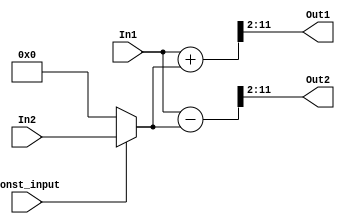
// -------------------------------------------------------------
// 
// 
// Generated by MATLAB 9.4 and HDL Coder 3.12
// 
// -------------------------------------------------------------


// -------------------------------------------------------------
// 
// Module: alpha2_input_butterfly_60
// Source Path: FFTscheme2/FFTv2/Butterflies/128 input 1step /2 input butterfly 60
// Hierarchy Level: 3
// 
// -------------------------------------------------------------

`timescale 1 ns / 1 ns

module alpha2_input_butterfly_60
          (In1,
           In2,
           Const_input,
           Out1,
           Out2);


  input   signed [10:0] In1;  // sfix11_En6
  input   signed [10:0] In2;  // sfix11_En6
  input   Const_input;  // ufix1
  output  signed [9:0] Out1;  // sfix10_En4
  output  signed [9:0] Out2;  // sfix10_En4


  wire signed [10:0] Product_in0;  // sfix11_En6
  wire signed [11:0] Product_cast;  // sfix12_En6
  wire signed [10:0] Product_out1;  // sfix11_En6
  wire signed [11:0] Sum_add_cast;  // sfix12_En6
  wire signed [11:0] Sum_add_cast_1;  // sfix12_En6
  wire signed [11:0] Sum_add_temp;  // sfix12_En6
  wire signed [9:0] Sum_out1;  // sfix10_En4
  wire signed [11:0] Sum1_sub_cast;  // sfix12_En6
  wire signed [11:0] Sum1_sub_cast_1;  // sfix12_En6
  wire signed [11:0] Sum1_sub_temp;  // sfix12_En6
  wire signed [9:0] Sum1_out1;  // sfix10_En4


  assign Product_in0 = (Const_input == 1'b1 ? In2 :
              11'sb00000000000);
  assign Product_cast = {Product_in0[10], Product_in0};
  assign Product_out1 = Product_cast[10:0];



  assign Sum_add_cast = {In1[10], In1};
  assign Sum_add_cast_1 = {Product_out1[10], Product_out1};
  assign Sum_add_temp = Sum_add_cast + Sum_add_cast_1;
  assign Sum_out1 = Sum_add_temp[11:2];



  assign Out1 = Sum_out1;

  assign Sum1_sub_cast = {In1[10], In1};
  assign Sum1_sub_cast_1 = {Product_out1[10], Product_out1};
  assign Sum1_sub_temp = Sum1_sub_cast - Sum1_sub_cast_1;
  assign Sum1_out1 = Sum1_sub_temp[11:2];



  assign Out2 = Sum1_out1;

endmodule  // alpha2_input_butterfly_60